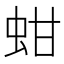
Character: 蚶